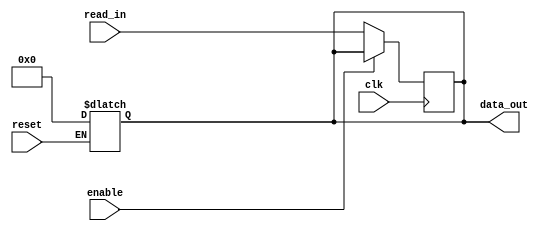
module buffone #(parameter SIZE = 134) (input clk, enable, reset, input [SIZE-1:0] read_in, 
				 output reg [SIZE-1:0] data_out);
		
reg [SIZE-1:0] data_in;		
		
	always @(posedge clk)
	begin
		if (!enable) data_in <= read_in;
	end
	
	always @(*)
	begin
		
			if (!reset) data_in <= {SIZE{1'b0}};
		
		data_out <= data_in;
	end
	
endmodule